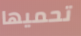
تحميها